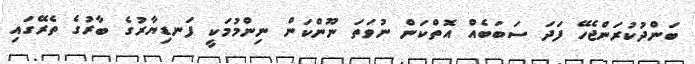
ބަންދުކުރަންޖެހޭ ފަދަ ސަބަބެއް އޮތްކަން ނުވަތަ ނޫންކަން ނިންމުމަކީ ފަނޑިޔާރުގެ ބާރުގެ ތެރޭގައި